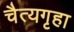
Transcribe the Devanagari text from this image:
चैत्यगृहा